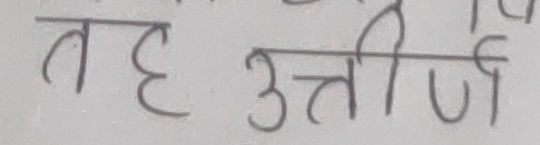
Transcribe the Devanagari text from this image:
वह उत्तीर्ण